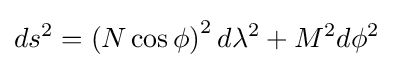
ds^{2}=\left(N\cos {\phi }\right)^{2}d\lambda ^{2}+M^{2}d\phi ^{2}